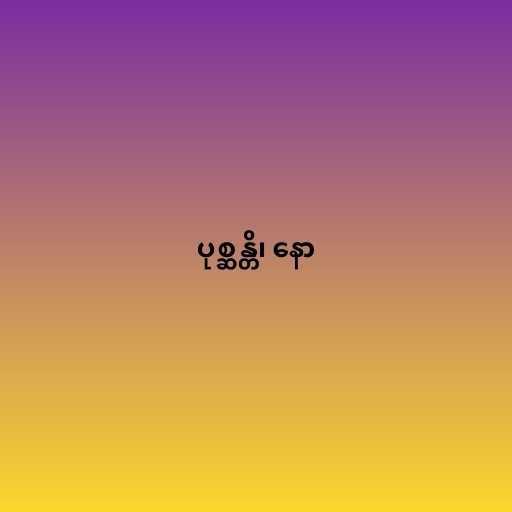
ပုစ္ဆန္တိ၊ နော